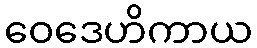
ဝေဒေဟိကာယ